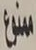
ممنوع